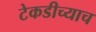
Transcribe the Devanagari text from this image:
टेकडीच्याच